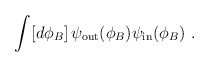
\begin{align*}\int [d\phi_B]\, \psi_{\rm out}(\phi_B) \psi_{\rm in}(\phi_B)\ .\end{align*}